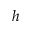
h